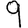
Digit: 9